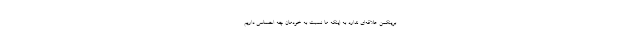
برینکمن علاقه‌ای ندارد به اینکه ما نسبت به خودمان چه احساسی داریم.